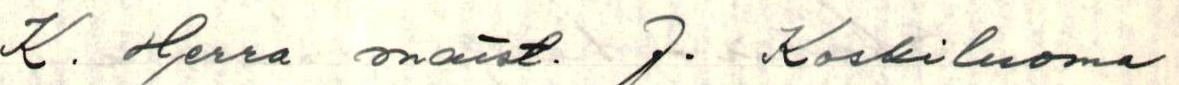
K. Herra maist. J. Koskiluoma